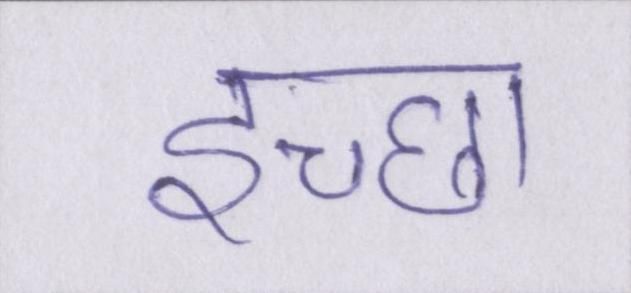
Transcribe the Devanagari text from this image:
इच्छा